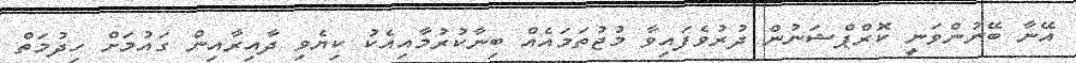
އޭނާ ބޭނުންވަނީ ކޮަރްޕްޝަނުން ދުރުވެފައިވާ މުޖުތަމައެއް ބިނާކުރުމާއިއެކު ކިޔެވި ދާއިރާއިން ގައުމަށް ހިދުމަތް